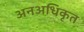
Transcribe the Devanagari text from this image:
अनअधिकृत